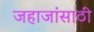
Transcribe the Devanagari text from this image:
जहाजांसाठी